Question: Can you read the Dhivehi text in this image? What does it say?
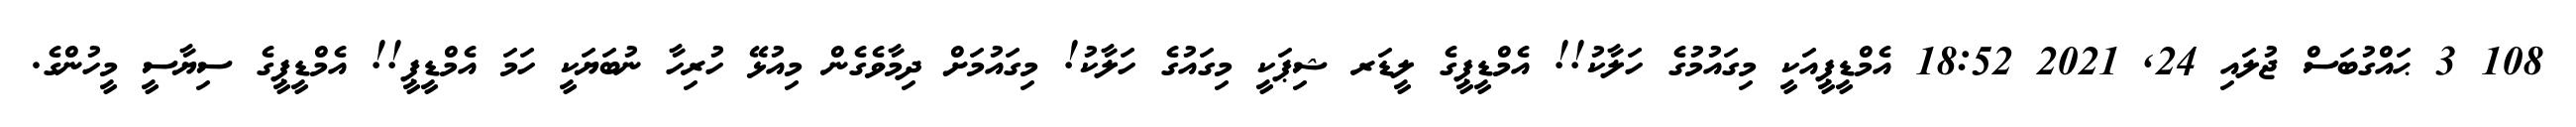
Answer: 108 3 ޙައްގުބަސް ޖުލައި 24, 2021 18:52 އެމްޑީޕީއަކީ މިގައުމުގެ ހަލާކު!! އެމްޑީޕީގެ ލީޑަރ ޝިޕަކީ މިގައުގެ ހަލާކު! މިގައުމަށް ދިމާވެގެން މިއުޅޭ ހުރިހާ ނުބަޔަކީ ހަމަ އެމްޑީޕީ!! އެމްޑީޕީގެ ސިޔާސީ މީހުންގެ.